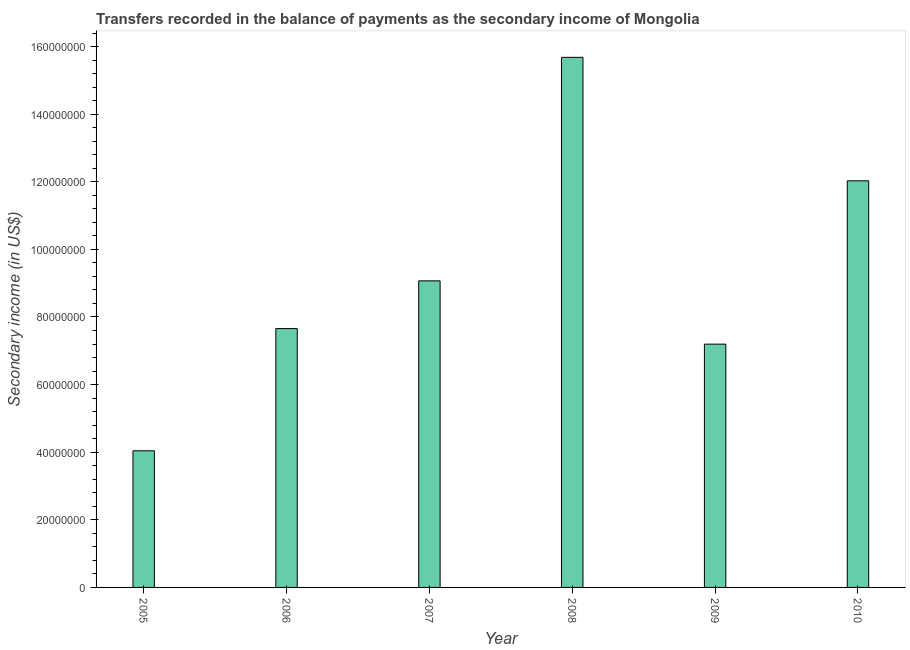
| Year | Secondary income |
 | --- | --- |
 | 2005 | 4.04e+07 |
 | 2006 | 7.66e+07 |
 | 2007 | 9.07e+07 |
 | 2008 | 1.57e+08 |
 | 2009 | 7.2e+07 |
 | 2010 | 1.2e+08 |